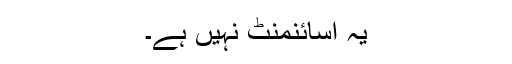
یہ اسائنمنٹ نہیں ہے۔